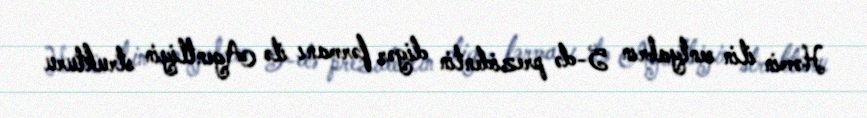
Həmin ilin sentyabrın 5-də prezidentin digər fərmanı ilə Agentliyin strukturu